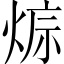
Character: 𤊭